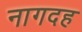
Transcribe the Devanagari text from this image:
नागदह